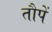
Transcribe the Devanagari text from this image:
तौपें